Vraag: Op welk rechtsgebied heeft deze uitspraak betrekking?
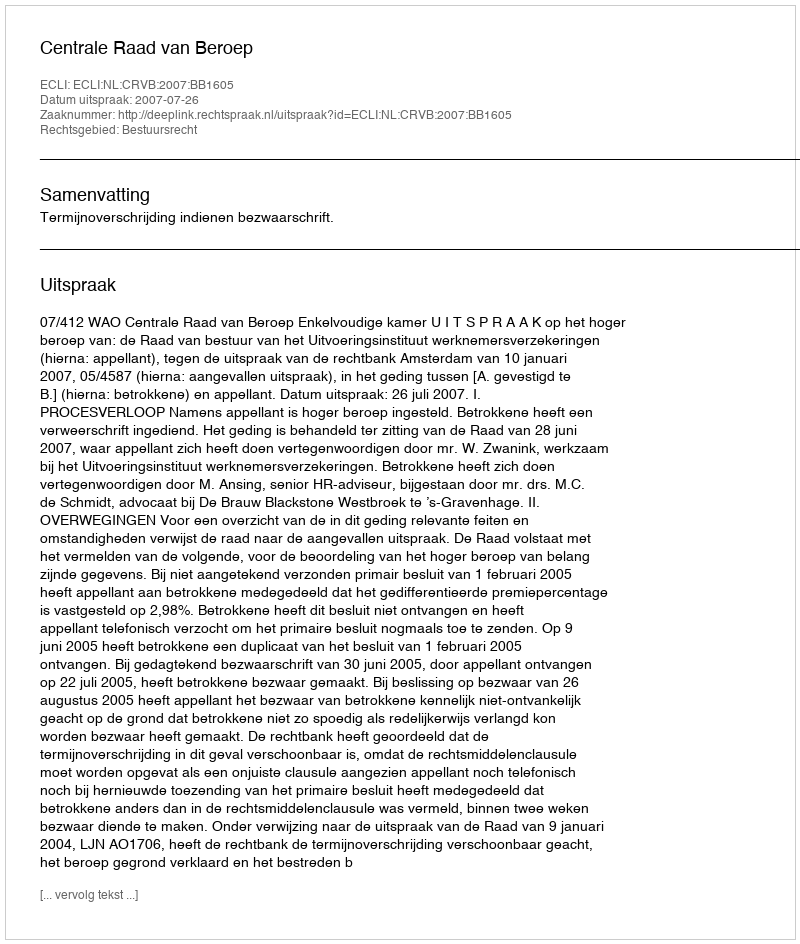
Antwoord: Bestuursrecht